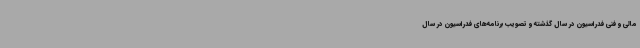
مالی و فنی فدراسیون در سال گذشته و تصویب برنامه‌های فدراسیون در سال